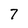
Character: 7